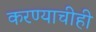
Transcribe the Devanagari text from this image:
करण्‍याचीही